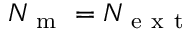
N _ { \mathrm { ~ m ~ } } = N _ { \mathrm { ~ e ~ x ~ t ~ } }